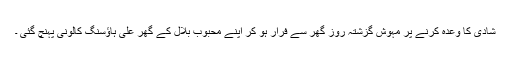
شادی کا وعدہ کرنے پر مہوش گزشتہ روز گھر سے فرار ہو کر اپنے محبوب بلال کے گھر علی ہاﺅسنگ کالونی پہنچ گئی ۔